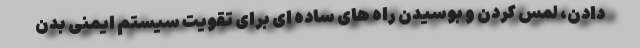
دادن، لمس کردن و بوسیدن راه های ساده ای برای تقویت سیستم ایمنی بدن